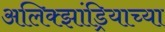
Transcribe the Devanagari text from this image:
अलिक्झांड्रियाच्या